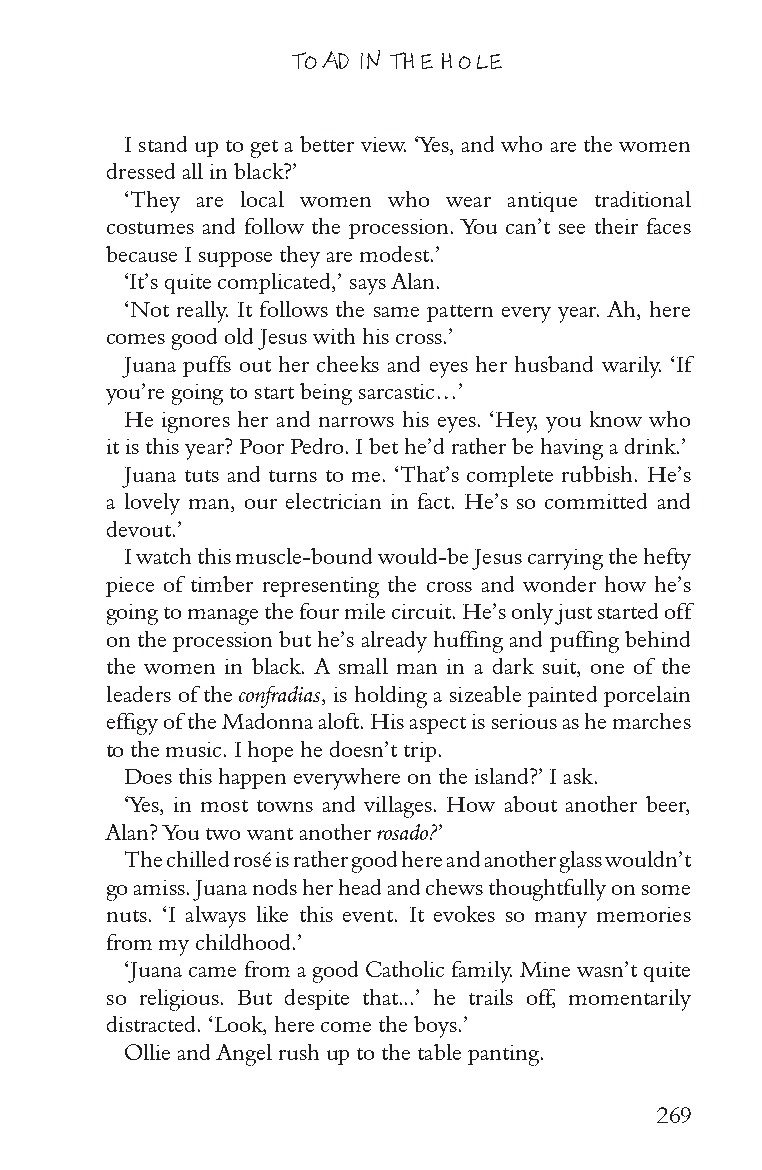
TOAD IN THE HOLE
 I stand up to get a better view. ‘Yes, and who are the women
 dressed all in black?’
 ‘They are local women who wear antique traditional
 costumes and follow the procession. You can’t see their faces
 because I suppose they are modest.’
 ‘It’s quite complicated,’ says Alan.
 ‘Not really. It follows the same pattern every year. Ah, here
 comes good old Jesus with his cross.’
 Juana puffs out her cheeks and eyes her husband warily. ‘If
 you’re going to start being sarcastic…’
 He ignores her and narrows his eyes. ‘Hey, you know who
 it is this year? Poor Pedro. I bet he’d rather be having a drink.’
 Juana tuts and turns to me. ‘That’s complete rubbish. He’s
 a lovely man, our electrician in fact. He’s so committed and
 devout.’
 I watch this muscle-bound would-be Jesus carrying the hefty
 piece of timber representing the cross and wonder how he’s
 going to manage the four mile circuit. He’s only just started off
 on the procession but he’s already huffing and puffing behind
 the women in black. A small man in a dark suit, one of the
 leaders of the confradias, is holding a sizeable painted porcelain
 effigy of the Madonna aloft. His aspect is serious as he marches
 to the music. I hope he doesn’t trip.
 Does this happen everywhere on the island?’ I ask.
 ‘Yes, in most towns and villages. How about another beer,
 Alan? You two want another rosado?’
 The chilled rosé is rather good here and another glass wouldn’t
 go amiss. Juana nods her head and chews thoughtfully on some
 nuts. ‘I always like this event. It evokes so many memories
 from my childhood.’
 ‘Juana came from a good Catholic family. Mine wasn’t quite
 so religious. But despite that...’ he trails off, momentarily
 distracted. ‘Look, here come the boys.’
 Ollie and Angel rush up to the table panting.
 269